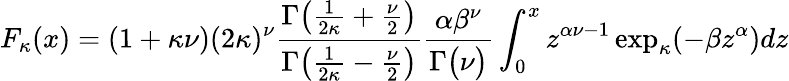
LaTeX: F_{\kappa}(x)=(1+\kappa\nu)(2\kappa)^{\nu}{\frac{\Gamma{\big(}{\frac{1}{2\kappa}}+{\frac{\nu}{2}}{\big)}}{\Gamma{\big(}{\frac{1}{2\kappa}}-{\frac{\nu}{2}}{\big)}}}{\frac{\alpha\beta^{\nu}}{\Gamma{\big(}\nu{\big)}}}\int_{0}^{x}z^{\alpha\nu-1}\exp_{\kappa}(-\beta z^{\alpha})dz